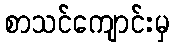
စာသင်ကျောင်းမှ